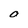
Character: O